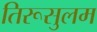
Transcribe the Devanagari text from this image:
तिरूसुलम